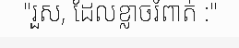
"រួស, ដែលខ្លាចរំពាត់ :"